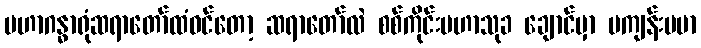
မဟာဂန္ဓာရုံဆရာတော်ထံဝင်တော့ ဆရာတော်လဲ စစ်ကိုင်းမဟာသုခ ချောင်မှာ မကျန်းမမာ